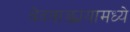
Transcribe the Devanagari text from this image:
वेदवाङ्मयामध्ये